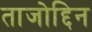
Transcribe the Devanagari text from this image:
ताजोद्दिन